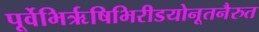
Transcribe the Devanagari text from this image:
पूर्वेभिर्ऋषिभिरीडयोनूतनैरुत